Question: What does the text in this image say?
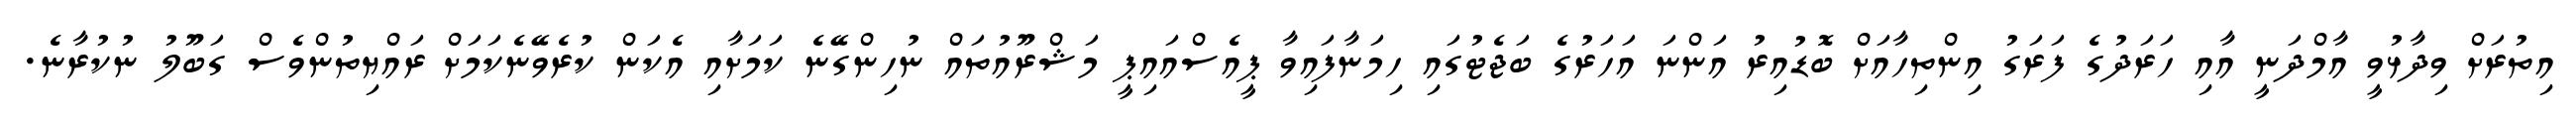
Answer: އިތުރަށް ވިދާޅުވީ އާމްދަނީ އާއި ހަރަދުގެ ފަރަގު އިންތިހާއަށް ބޮޑުއިރު އަންނަ އަހަރުގެ ބަޖެޓުގައި ހިމަނާފައިވާ ޕީއެސްއައިޕީ މަޝްރޫއުތައް ނުހިންގޭނެ ކަމަށާއި އެކަން ކުރެވޭނެކަމަށް ރައްޔިތުންވެސް ގަބޫލު ނުކުރާނެ.